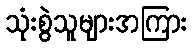
သုံးစွဲသူများအကြား